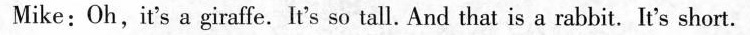
Mike:Oh,it's a giraffe. It's so tall. And that is a rabbit.It's short.